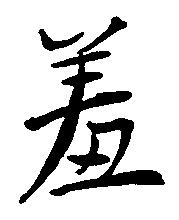
羞